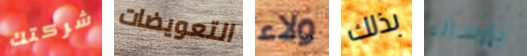
شركتك التعويضات ولاء بذلك بإرساله